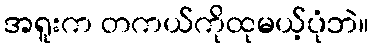
အရူးက တကယ်ကိုထုမယ့်ပုံဘဲ။